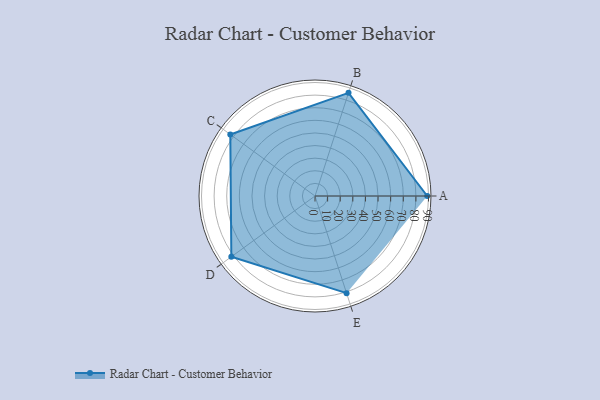
{"axis": {"x": "Skill", "y": "Score"}, "legend": ["Profile"], "data": [{"x": "A", "y": 89.0, "type": "Profile"}, {"x": "B", "y": 86.0, "type": "Profile"}, {"x": "C", "y": 83.0, "type": "Profile"}, {"x": "D", "y": 82.0, "type": "Profile"}, {"x": "E", "y": 81.0, "type": "Profile"}]}